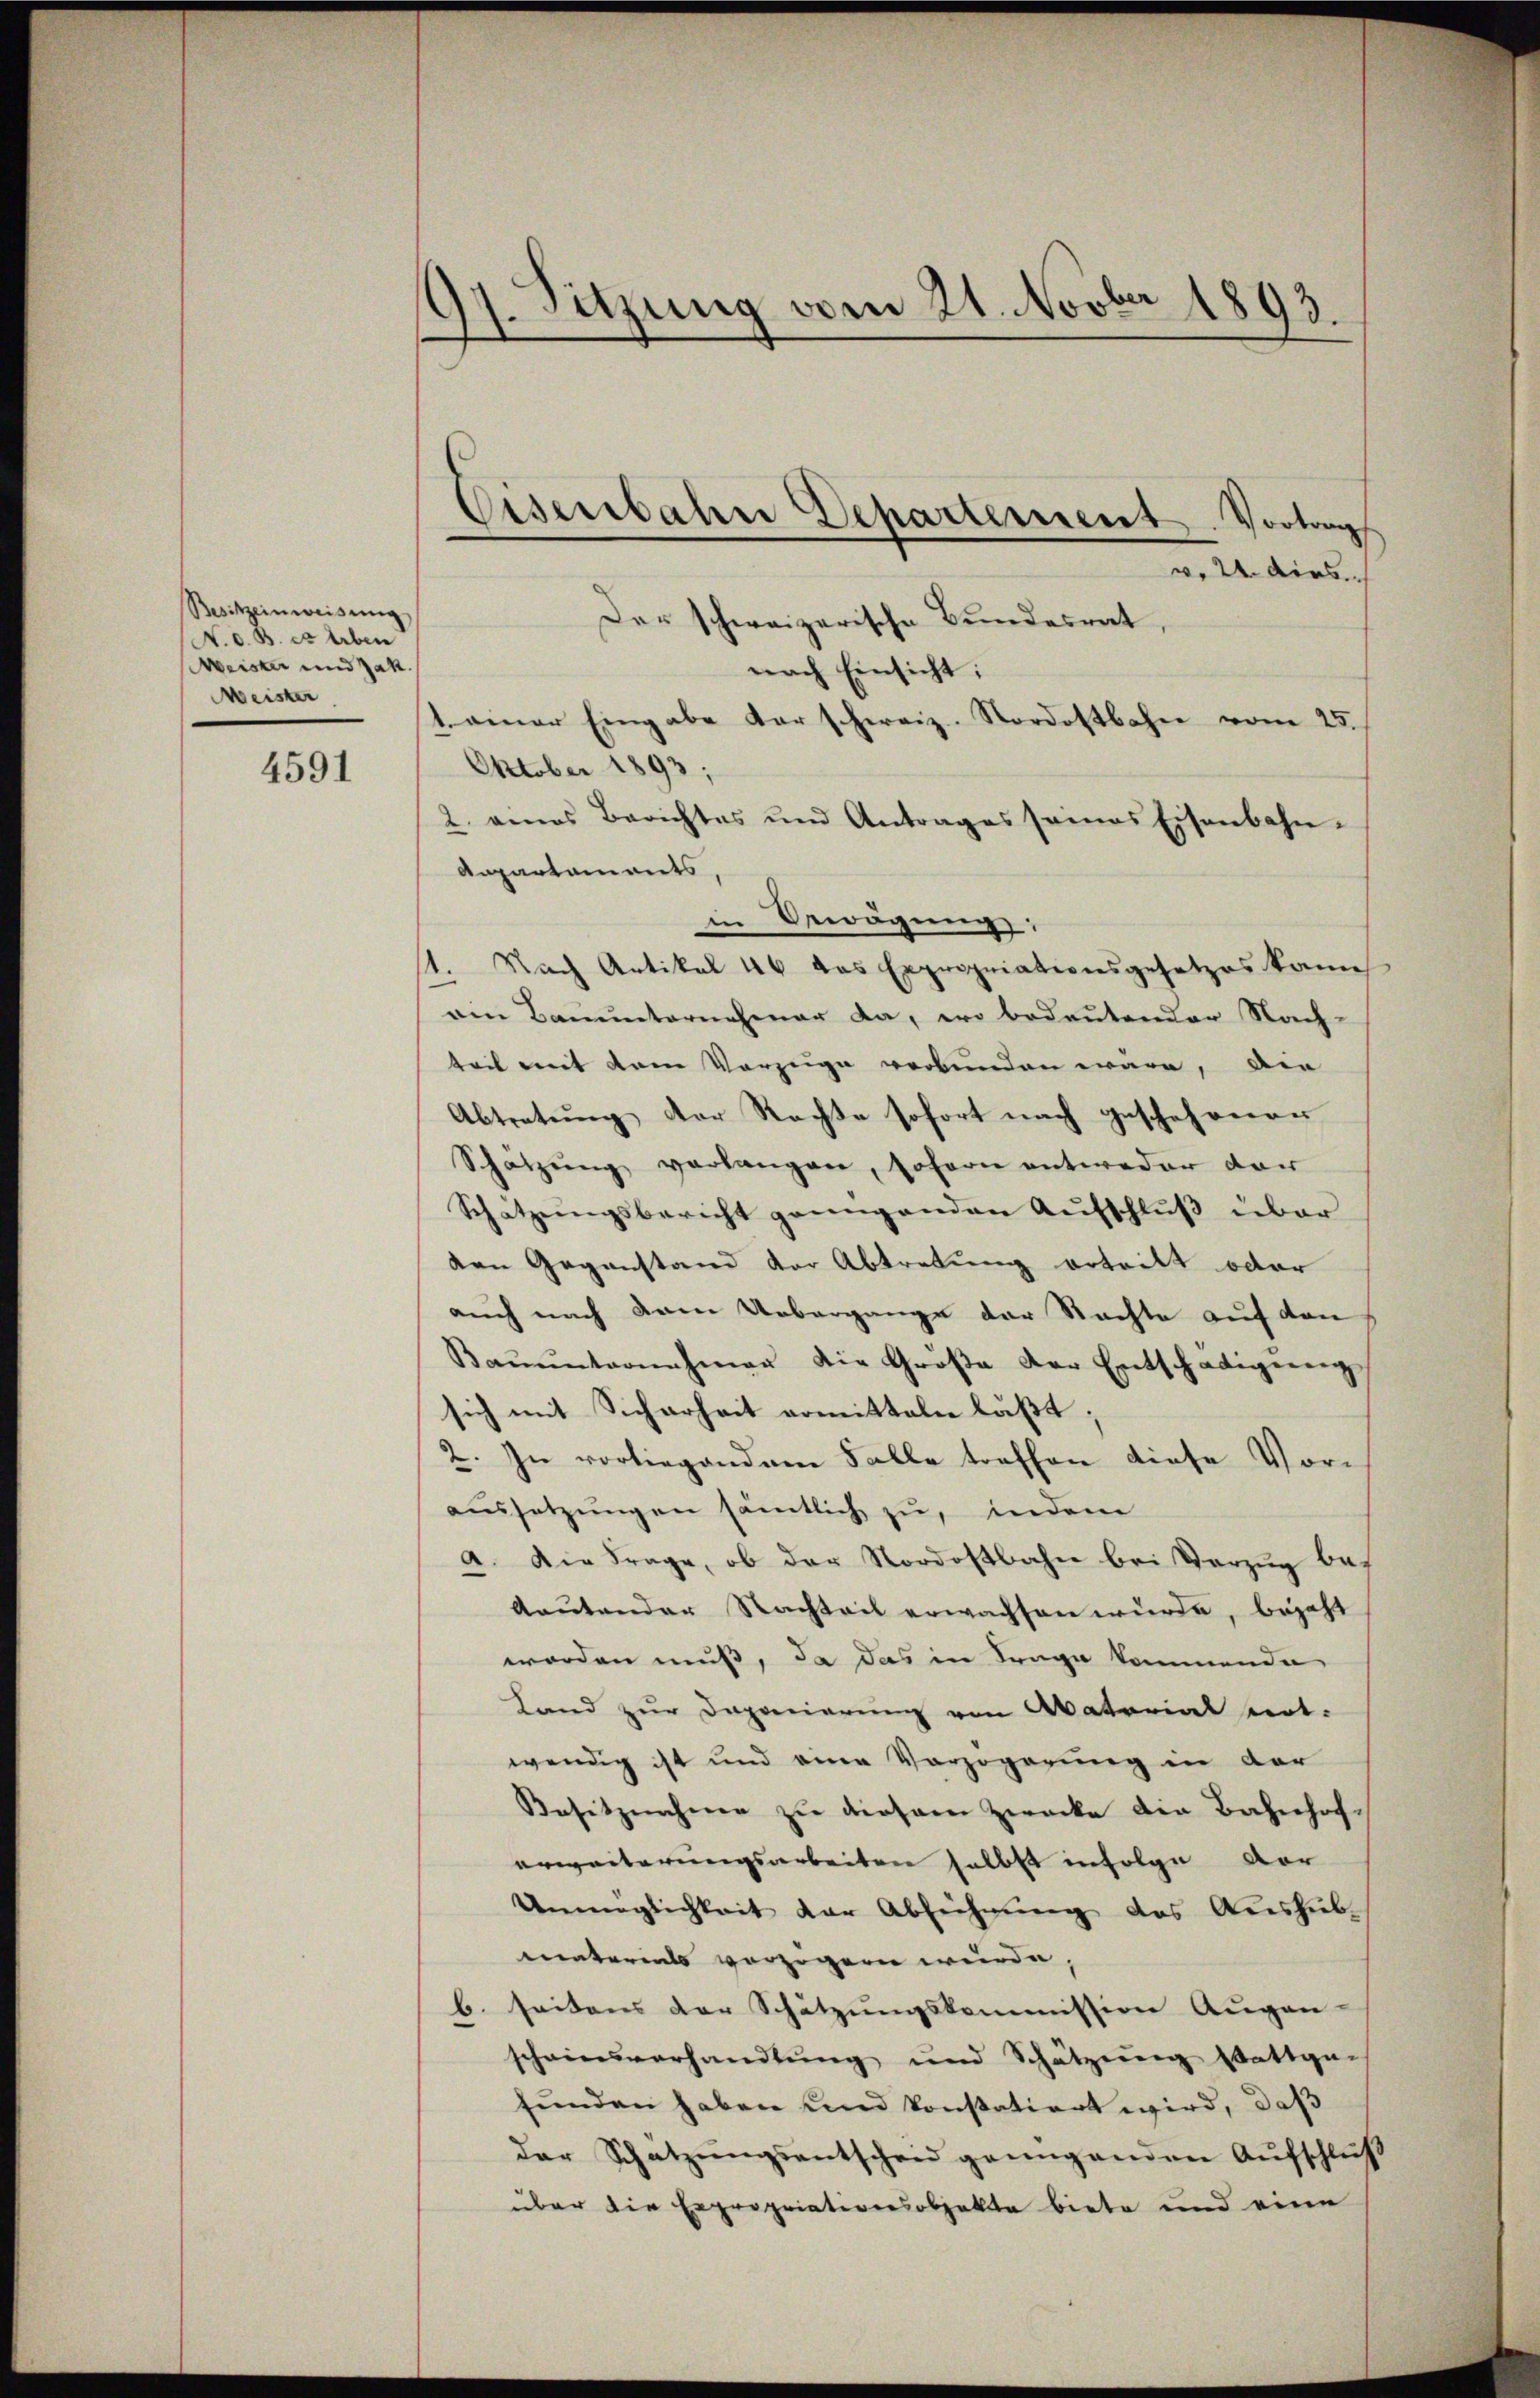
Besitzeinweisŭng
V. d. B. er Erben
Meister und Jak.
Meister

4591

17. Sitzung vom 21. Novber 1893.
e
¬

v. 2. dies
Der schweizerische Bundesrat,
nach Einsicht;
1. einer Eingabe darschweiz. Nordostbahn vom 25.
Oktober 1893;
2. eines Berichtes und Antrages seines Eisenbahn-
Anpartaments
in Bewägung:
Nach Artikal 46 das Expropriationsgesetzes kann
am Bauunternehmer da, wo bedeutender Nach-
teil mit dem Vorzüge verbunden wäre, die
Abtretung der Rachte sofort nach geschehenen
Schatzŭng verlangen, sofern entweder dar
Schätzungsbericht genügenden Aufschluß über
den Gegenstand der Abtretung ertritt oder
auch nach dem Uebergange der Nachte auf den
Baŭŭnternehmer die Groβe der Entschädigŭng
sich mit Sicherheit armitteln läßt;
2. In vorliegendem Falle treffen diese Voraŭssetzŭngen sämtlich zŭ, indem
a. Die Frage, ob der Nordostbahn bei Vorzug be¬
Aautender Nachteil erwachsen würde, bejaht
worden muß, da das in Trage kommende
Land zur Daponierung von Material not-
wendig ist und eine Verzögerung in der
Besitznahme zu diesem Zwecke die Bahnhoferweiterungsarbeiten selbst infolge vor
Unmöglichkeit der Ablehnung des Aŭshüb
materials vorzogen wurde,
b. seitens der Schätzungskommission Augen-
scheinsverhandlung und Schätzung stattge-
funden haben und konstatiert wird, daß
der Schatzungsentscheid genügenden Aufschluß
über die Expropriationsobjekte biete und eine

Eisenbahre Departement. Vortrags
—